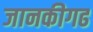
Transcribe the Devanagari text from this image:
जानकीगढ